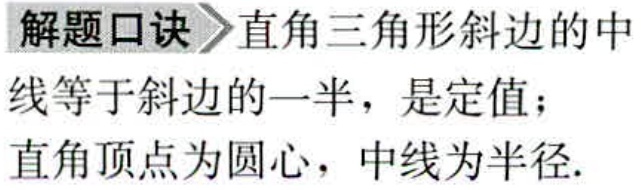
解题口诀\(>\)直角三角形斜边的中线等于斜边的一半，是定值；
直角顶点为圆心，中线为半径.